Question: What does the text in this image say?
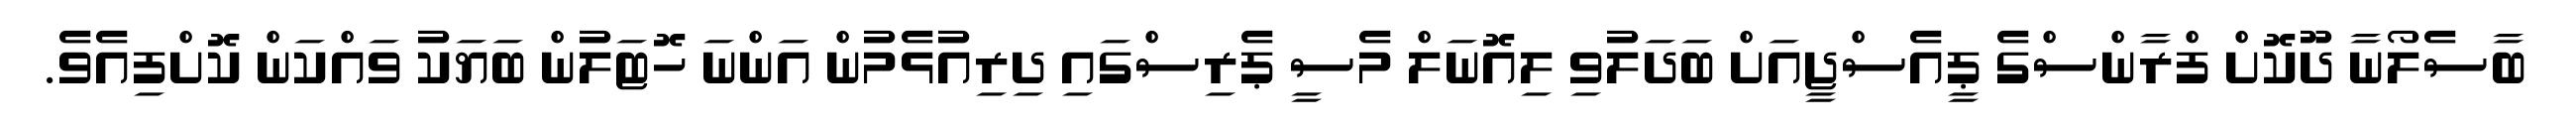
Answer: ބާސެލޯނާ ދޫކޮށް ފްރާންސްގެ ޕީއެސްޖީއަށް ބަދަލުވި ލިއޮނަލް މެސީ ޕެރިސްގައި ދިރިއުޅެމުން އަންނަ ހޮޓަލުން ބަޔަކު ވައްކަން ކޮށްފިއެވެ.